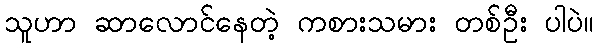
သူဟာ ဆာလောင်နေတဲ့ ကစားသမား တစ်ဦး ပါပဲ။